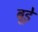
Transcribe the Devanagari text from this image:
बूड़े